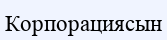
Корпорациясын